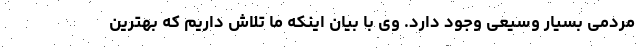
مردمی بسیار وسیعی وجود دارد. وی با بیان اینکه ما تلاش داریم که بهترین